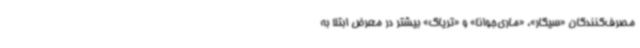
مصرف‌کنندگان «سیگار»، «ماری‌جوانا» و «تریاک» بیشتر در معرض ابتلا به